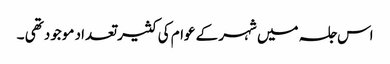
اس جلسہ میں شہر کے عوام کی کثیر تعداد موجود تھی ۔